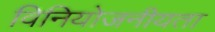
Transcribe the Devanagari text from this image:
विनियोजनीयता